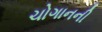
ચોગાનની